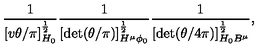
\frac { 1 } { [ v \theta / \pi ] _ { H _ { \scriptscriptstyle 0 } } ^ { \frac { 1 } { 2 } } } \frac { 1 } { [ \det ( \theta / \pi ) ] _ { H ^ { \mu } \phi _ { \scriptscriptstyle 0 } } ^ { \frac { 1 } { 2 } } } \frac { 1 } { [ \det ( \theta / 4 \pi ) ] _ { H _ { \scriptscriptstyle 0 } B ^ { \mu } } ^ { \frac { 1 } { 2 } } } ,